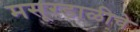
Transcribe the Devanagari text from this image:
मसूरडाळीचे